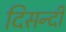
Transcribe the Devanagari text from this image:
दिसन्दी